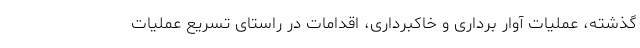
گذشته، عملیات آوار برداری و خاکبرداری، اقدامات در راستای تسریع عملیات